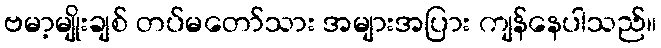
ဗမာ့မျိုးချစ် တပ်မတော်သား အများအပြား ကျန်နေပါသည်။